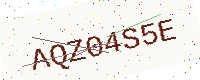
Text: AQZ04S5E